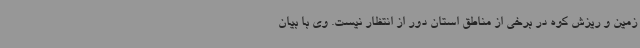
زمین و ریزش کوه در برخی از مناطق استان دور از انتظار نیست. وی با بیان